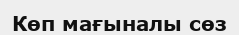
Көп мағыналы сөз